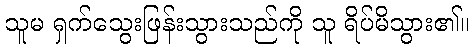
သူမ ရှက်သွေးဖြန်းသွားသည်ကို သူ ရိပ်မိသွား၏။